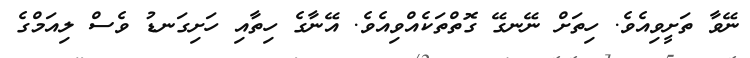
ނޭވާ ތަށީވިއެވެ. ހިތަށް ނޭނގޭ ގޮތްތަކެއްވިއެވެ. އޭނާގެ ހިތާއި ހަށިގަނޑު ވެސް ލިއަމްގެ